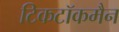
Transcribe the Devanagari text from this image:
टिकटॉकमैन